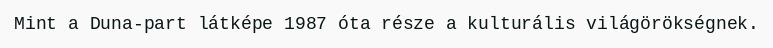
Mint a Duna-part látképe 1987 óta része a kulturális világörökségnek.